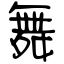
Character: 舞